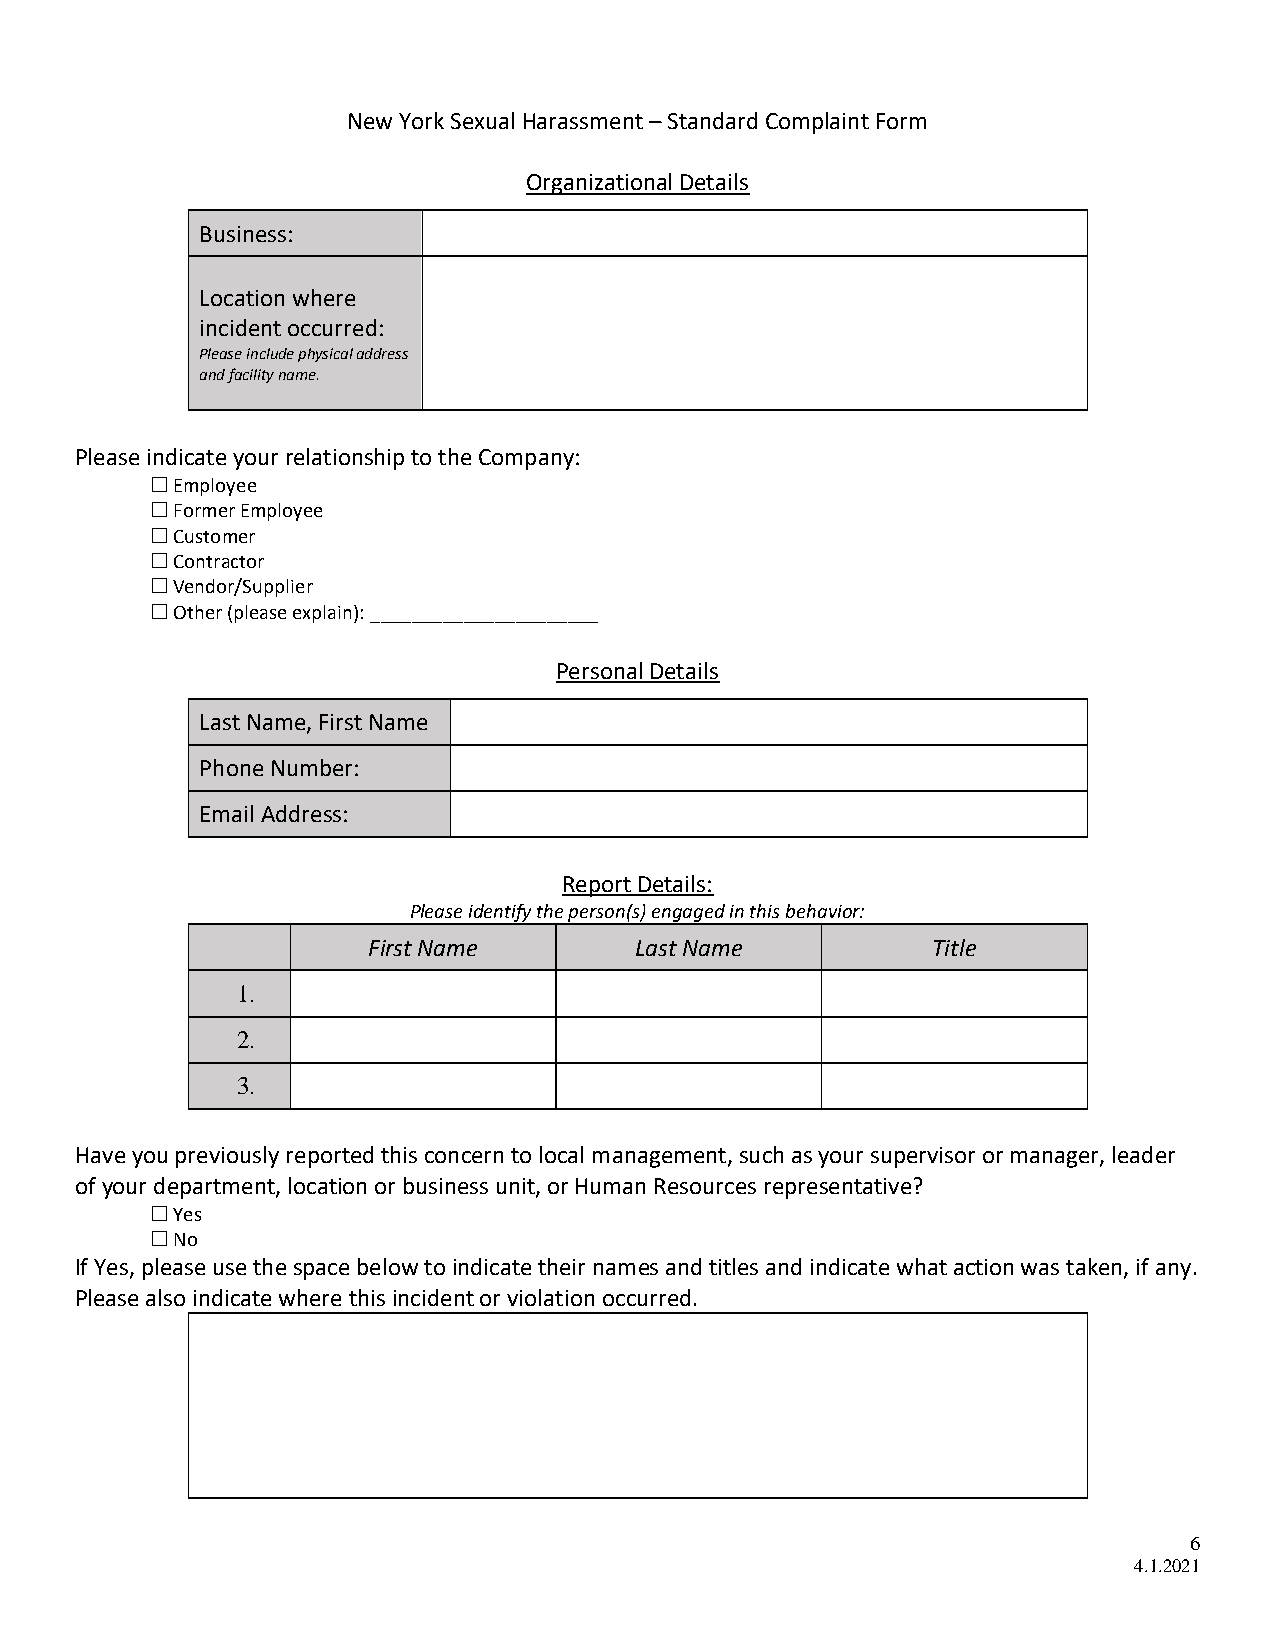
New York Sexual Harassment – Standard Complaint Form
 Organizational Details
 Business:
 Location where
 incident occurred:
 Please include physical address
 and facility name.
 Please indicate your relationship to the Company:
  Employee
  Former Employee
  Customer
  Contractor
  Vendor/Supplier
  Other (please explain): ______________________
 Personal Details
 Last Name, First Name
 Phone Number:
 Email Address:
 Report Details:
 Please identify the person(s) engaged in this behavior:
 First Name        Last Name           Title
 1.
 2.
 3.
 Have you previously reported this concern to local management, such as your supervisor or manager, leader
 of your department, location or business unit, or Human Resources representative?
  Yes
  No
 If Yes, please use the space below to indicate their names and titles and indicate what action was taken, if any.
 Please also indicate where this incident or violation occurred.
 6
 4.1.2021